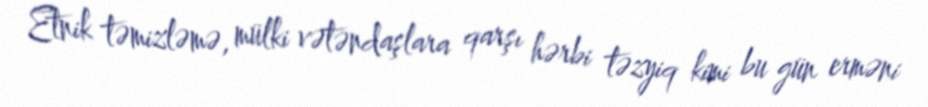
Etnik təmizləmə, mülki vətəndaşlara qarşı hərbi təzyiq kimi bu gün erməni